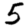
Digit: 5